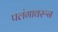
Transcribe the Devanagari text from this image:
पलंगावरून